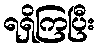
ရရှိကြပြီး